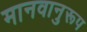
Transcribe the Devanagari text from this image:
मानवानुरूप